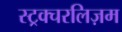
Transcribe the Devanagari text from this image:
स्ट्रक्चरलिज़म